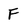
Character: F